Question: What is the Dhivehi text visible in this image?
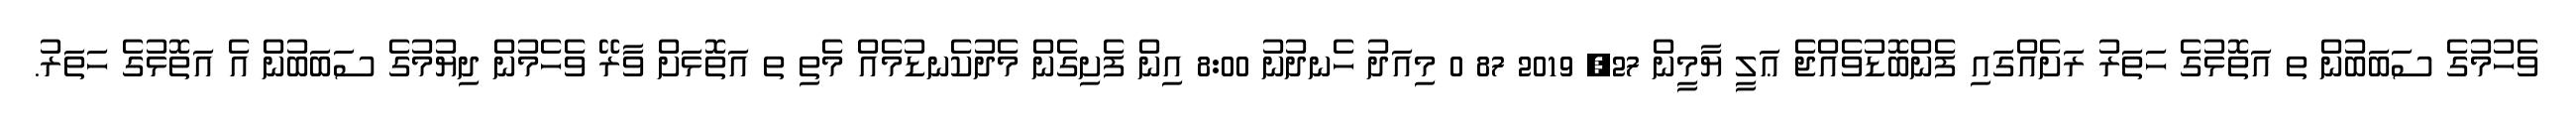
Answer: ވެހުމުގެ ސަބަބުން ތ އަތޮޅުގެ ހަތަރު ރަށެއްގައި ފެންބޮޑުވެއްޖެ ޢަލީ ޔާމީން 27, 2019 87 0 މިއަދު ހެނދުނު 8:00 އިން ފެށިގެން މެދުކެނޑުމެއް މެތި ތ އަތޮޅަށް ވާރޭ ވެހެމުން ދިޔުމުގެ ސަބަބުން އެ އަތޮޅުގެ ހަތަރު.